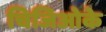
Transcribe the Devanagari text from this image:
चिजिओके